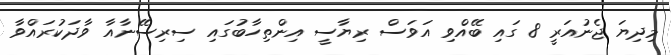
މިދިޔަ ޖެނުއަރީ 8 ގައި ބޭއްވި އަވަސް ރިޔާސީ އިންތިހާބުގައި ސިރިސޭނާއާ ވާދަކުރައްވާ